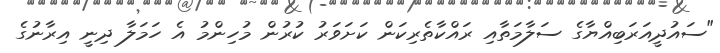
"ސައުދީއަރަބިއްޔާގެ ސަލާމަތާއި ރައްކާތެރިކަން ކަށަވަރު ކުރުން މުހިންމު އެ ހަމަލާ ދިނީ އިރާނުގެ